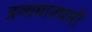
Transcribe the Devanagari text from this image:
द्रव्यमानधारी